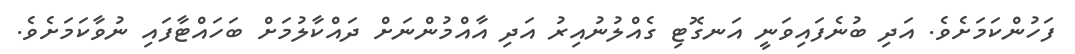
ފަހުންކަމަށެވެ. އަދި ބުނެފައިވަނީ އަނގޮޓި ގެއްލުނުއިރު އަދި އާއްމުންނަށް ދައްކާލުމަށް ބަހައްޓާފައި ނުވާކަމަށެވެ.